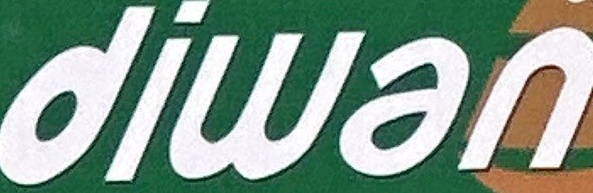
diwan